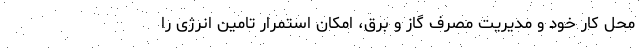
محل کار خود و مدیریت مصرف گاز و برق، امکان استمرار تامین انرژی را